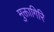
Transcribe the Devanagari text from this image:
मुक्तागिरि